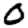
Digit: 0